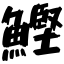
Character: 鰹